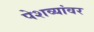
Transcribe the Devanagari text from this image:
पेशव्यांवर